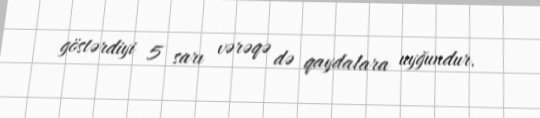
göstərdiyi 5 sarı vərəqə də qaydalara uyğundur.